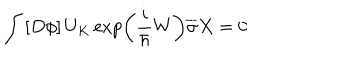
\int \left[ D \phi \right] U _ { K } \exp \left( \frac i \hbar W \right) \overline { { { \sigma } } } X = 0